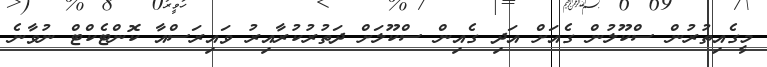
މީގެއިތުރުން ސްކޫލުން ގެއަށް އަދި ގެއިން ސްކޫލަށް ދަތުރުކުރާއިރު ވައިރަސްއާ ކޮންޓެކްޓް ނުވާނެ